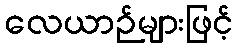
လေယာဉ်များဖြင့်